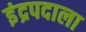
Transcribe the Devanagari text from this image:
इंद्रपदाला